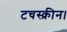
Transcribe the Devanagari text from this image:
टचस्क्रीन।